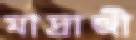
মাদ্রাজী